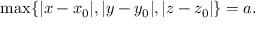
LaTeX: \operatorname* { m a x } \{ | x - x _ { 0 } | , | y - y _ { 0 } | , | z - z _ { 0 } | \} = a .